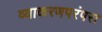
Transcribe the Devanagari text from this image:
व्याकरणपरंपरा